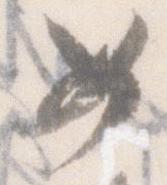
女